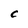
Character: C